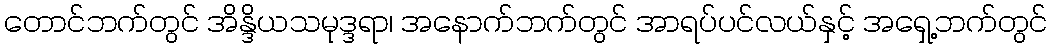
တောင်ဘက်တွင် အိန္ဒိယသမုဒ္ဒရာ၊ အနောက်ဘက်တွင် အာရပ်ပင်လယ်နှင့် အရှေ့ဘက်တွင်